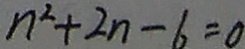
n ^ { 2 } + 2 n - 6 = 0